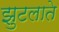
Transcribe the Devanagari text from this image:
झुटलाते